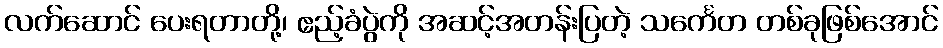
လက်ဆောင် ပေးရတာတို့၊ ဧည့်ခံပွဲကို အဆင့်အတန်းပြတဲ့ သင်္ကေတ တစ်ခုဖြစ်အောင်